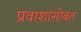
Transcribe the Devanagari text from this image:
प्रवाशांसोबत